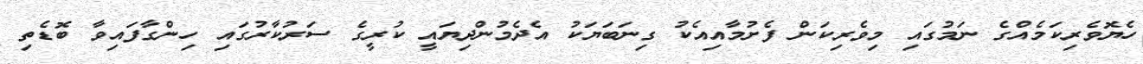
ހެޔޮވެރިކަމެއްގެ ނަމުގައި މިވެރިކަން ފެށުމާއިއެކު ގިނަބަޔަކު އެދެމުންދިޔައީ ކުރީގެ ސަރުކާރުގައި ހިންގާފައިވާ ބޮޑެތި